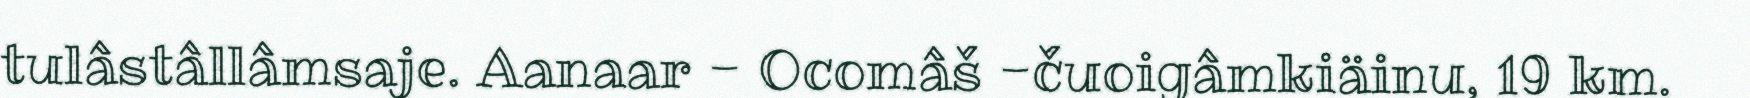
tulâstâllâmsaje. Aanaar - Ocomâš -čuoigâmkiäinu, 19 km.